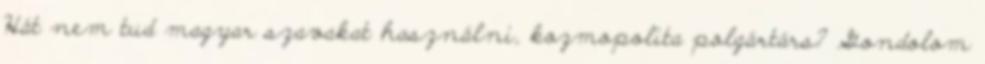
Hát nem tud magyar szavakat használni, kozmopolita polgártárs? Gondolom